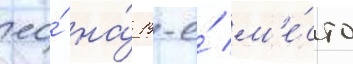
ео́ на́ 19-е́ м'е́сто